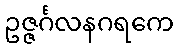
ဥဇ္ဇင်္ဂလနဂရကေ